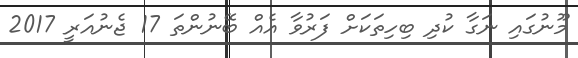
މޫނުގައި ނަގާ ކުދި ބިހިތަކަށް ފަރުވާ އެއް ބޭނުންތަ 17 ޖެނުއަރީ 2017